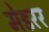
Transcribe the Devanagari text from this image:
मेडरर